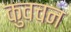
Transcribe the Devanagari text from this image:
कुवचन